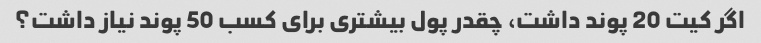
اگر کیت 20 پوند داشت، چقدر پول بیشتری برای کسب 50 پوند نیاز داشت؟